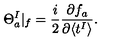
\Theta _ { a } ^ { I } | _ { f } = \frac { i } { 2 } \frac { \partial f _ { a } } { \partial \langle t ^ { I } \rangle } .